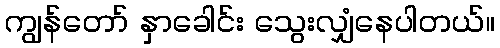
ကျွန်တော် နှာခေါင်း သွေးလျှံနေပါတယ်။